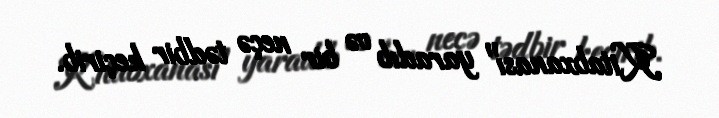
Kitabxanası" yaradıb və bir neçə tədbir keçirib.